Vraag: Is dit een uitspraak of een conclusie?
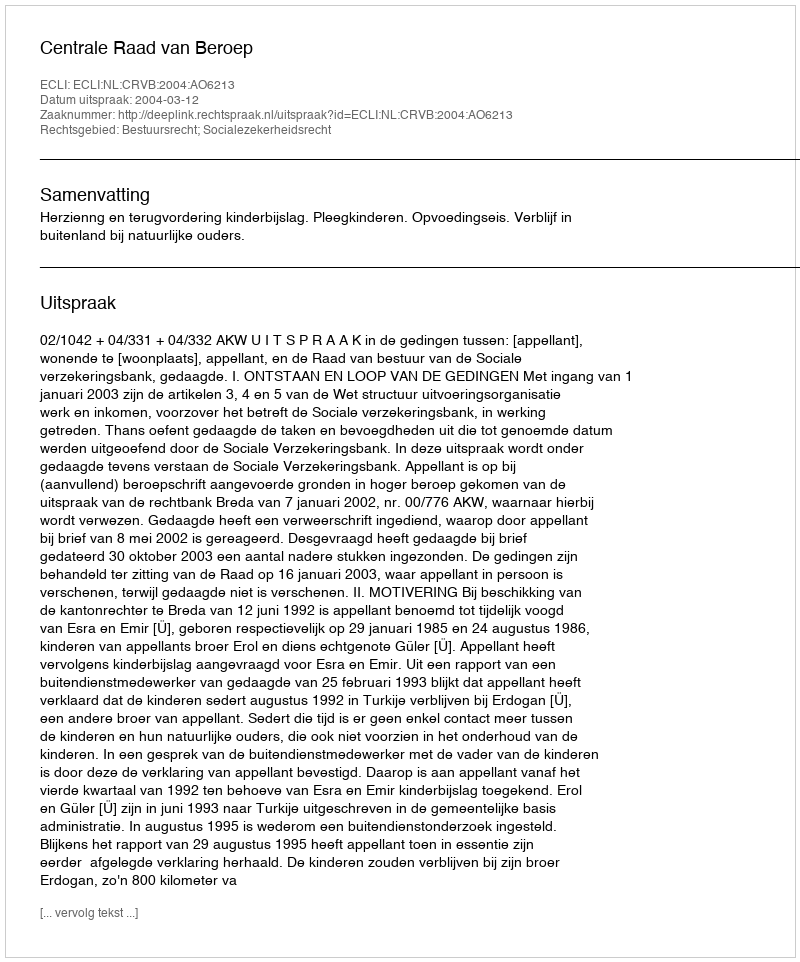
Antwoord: Uitspraak